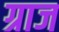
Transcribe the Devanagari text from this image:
ग्राज